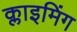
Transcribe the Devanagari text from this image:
क्लाइमिंग